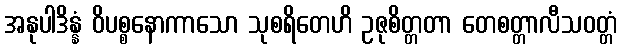
အနုပါဒိန္နံ ဝိပစ္စနောကာသော သုစရိတေဟိ ဥဇုစိတ္တတာ တေစတ္တာလီသဝတ္တံ